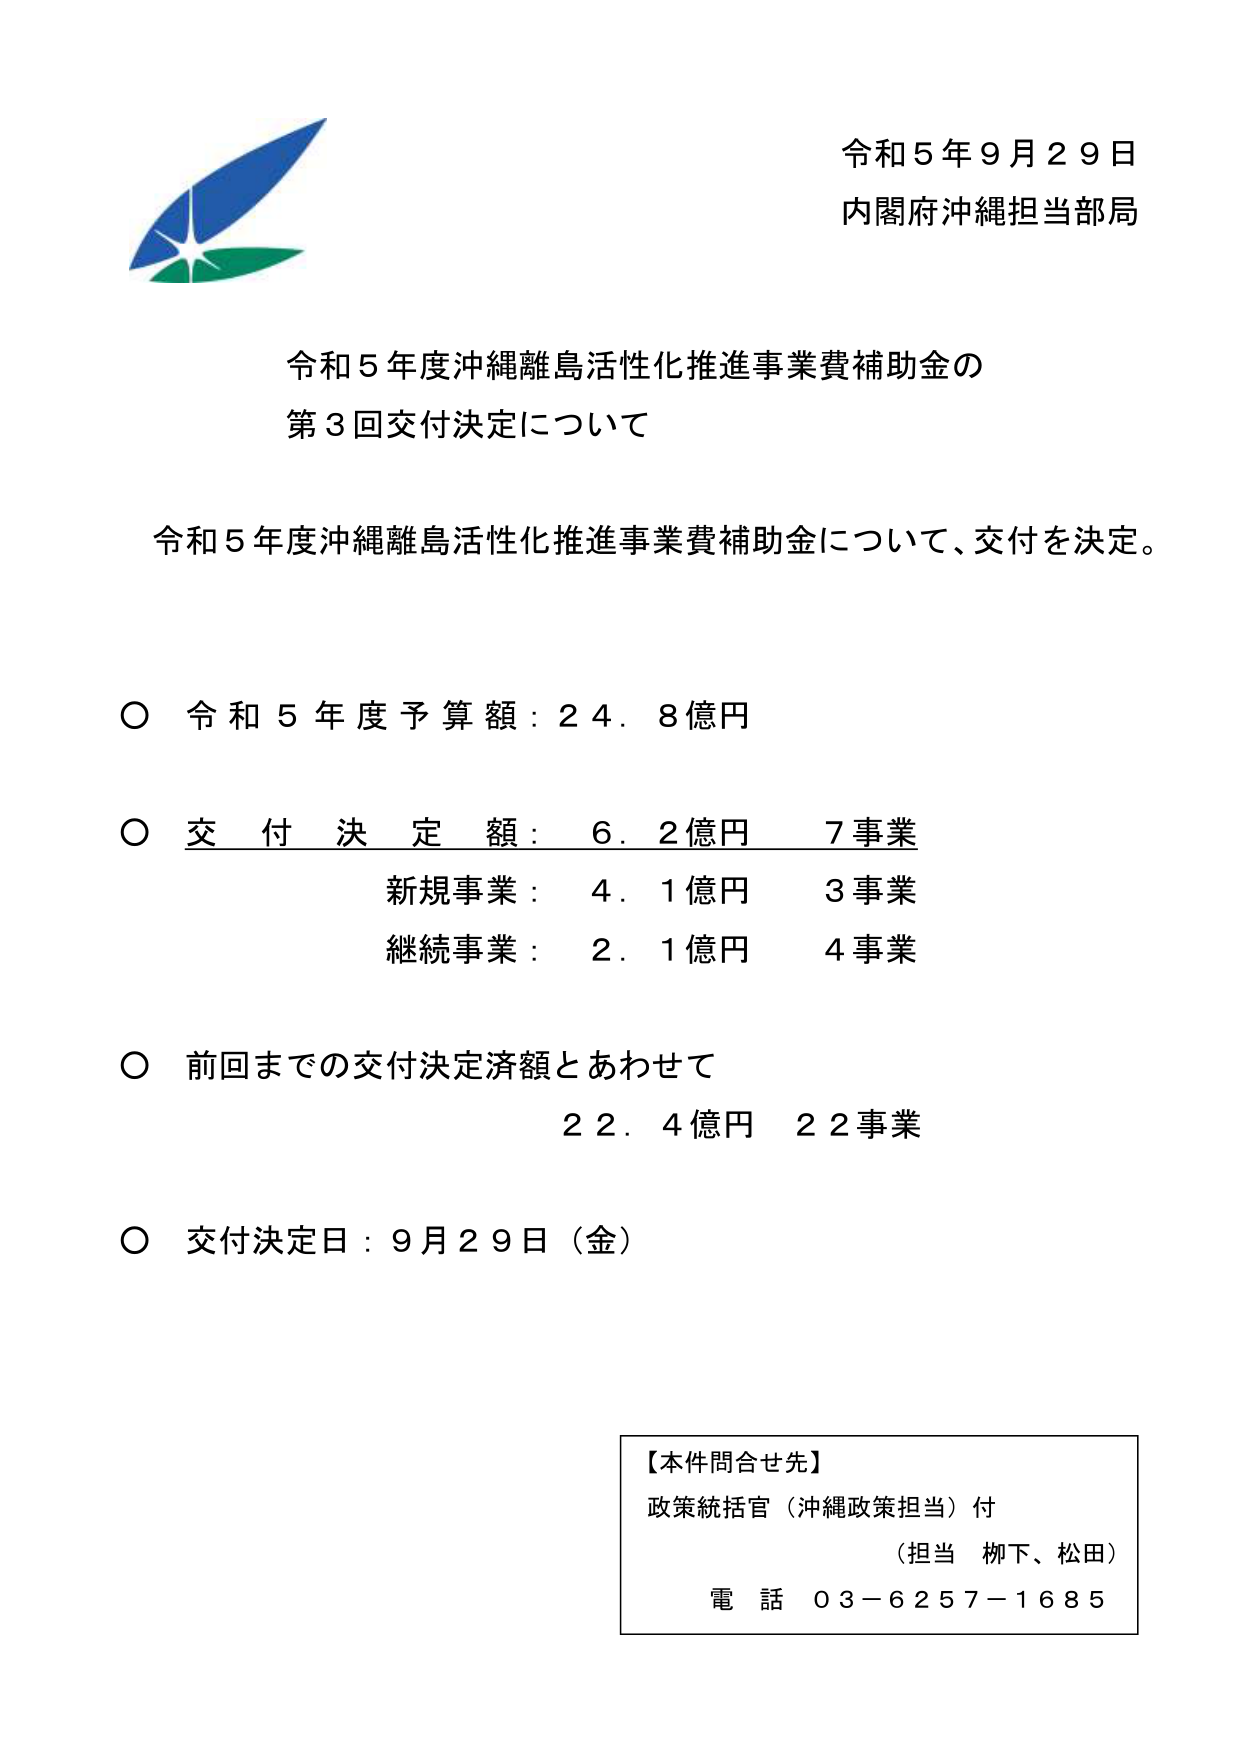
令和５年９月２９日
内閣府沖縄担当部局

令和５年度沖縄離島活性化推進事業費補助金の
第３回交付決定について

令和５年度沖縄離島活性化推進事業費補助金について、交付を決定。

○ 令和５年度予算額：２４．８億円

○ 交付決定額：６．２億円 ７事業
　　　新規事業：４．１億円 ３事業
　　　継続事業：２．１億円 ４事業

○ 前回までの交付決定済額とあわせて
　　　２２．４億円 ２２事業

○ 交付決定日：９月２９日（金）

【本件問合せ先】
政策統括官（沖縄政策担当）付
（担当 柳下、松田）
電話 ０３－６２５７－１６８５